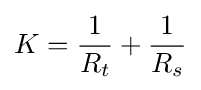
K={\frac {1}{R_{t}}}+{\frac {1}{R_{s}}}